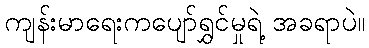
ကျန်းမာရေးကပျော်ရွှင်မှုရဲ့ အခရာပဲ။